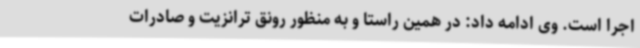
اجرا است. وی ادامه داد: در همین راستا و به منظور رونق ترانزیت و صادرات